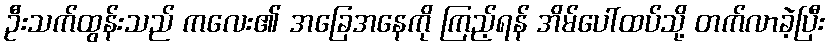
ဦးသက်ထွန်းသည် ကလေး၏ အခြေအနေကို ကြည့်ရန် အိမ်ပေါ်ထပ်သို့ တက်လာခဲ့ပြီး